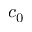
c _ { 0 }